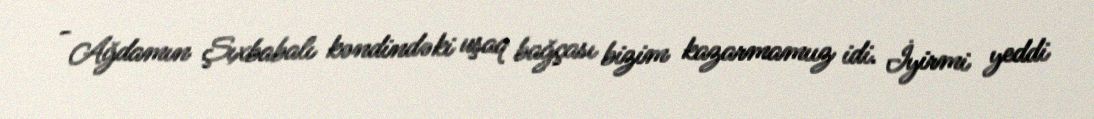
- Ağdamın Şıxbabalı kəndindəki uşaq bağçası bizim kazarmamıız idi. İyirmi yeddi